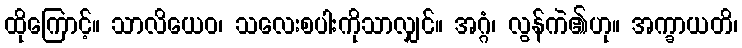
ထိုကြောင့်။ သာလိယေဝ၊ သလေးစပါးကိုသာလျှင်။ အဂ္ဂံ၊ လွန်ကဲ၏ဟု။ အက္ခာယတိ၊